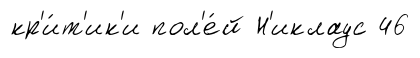
кр'и́т'ик'и пол'е́й Н'иклаус 46